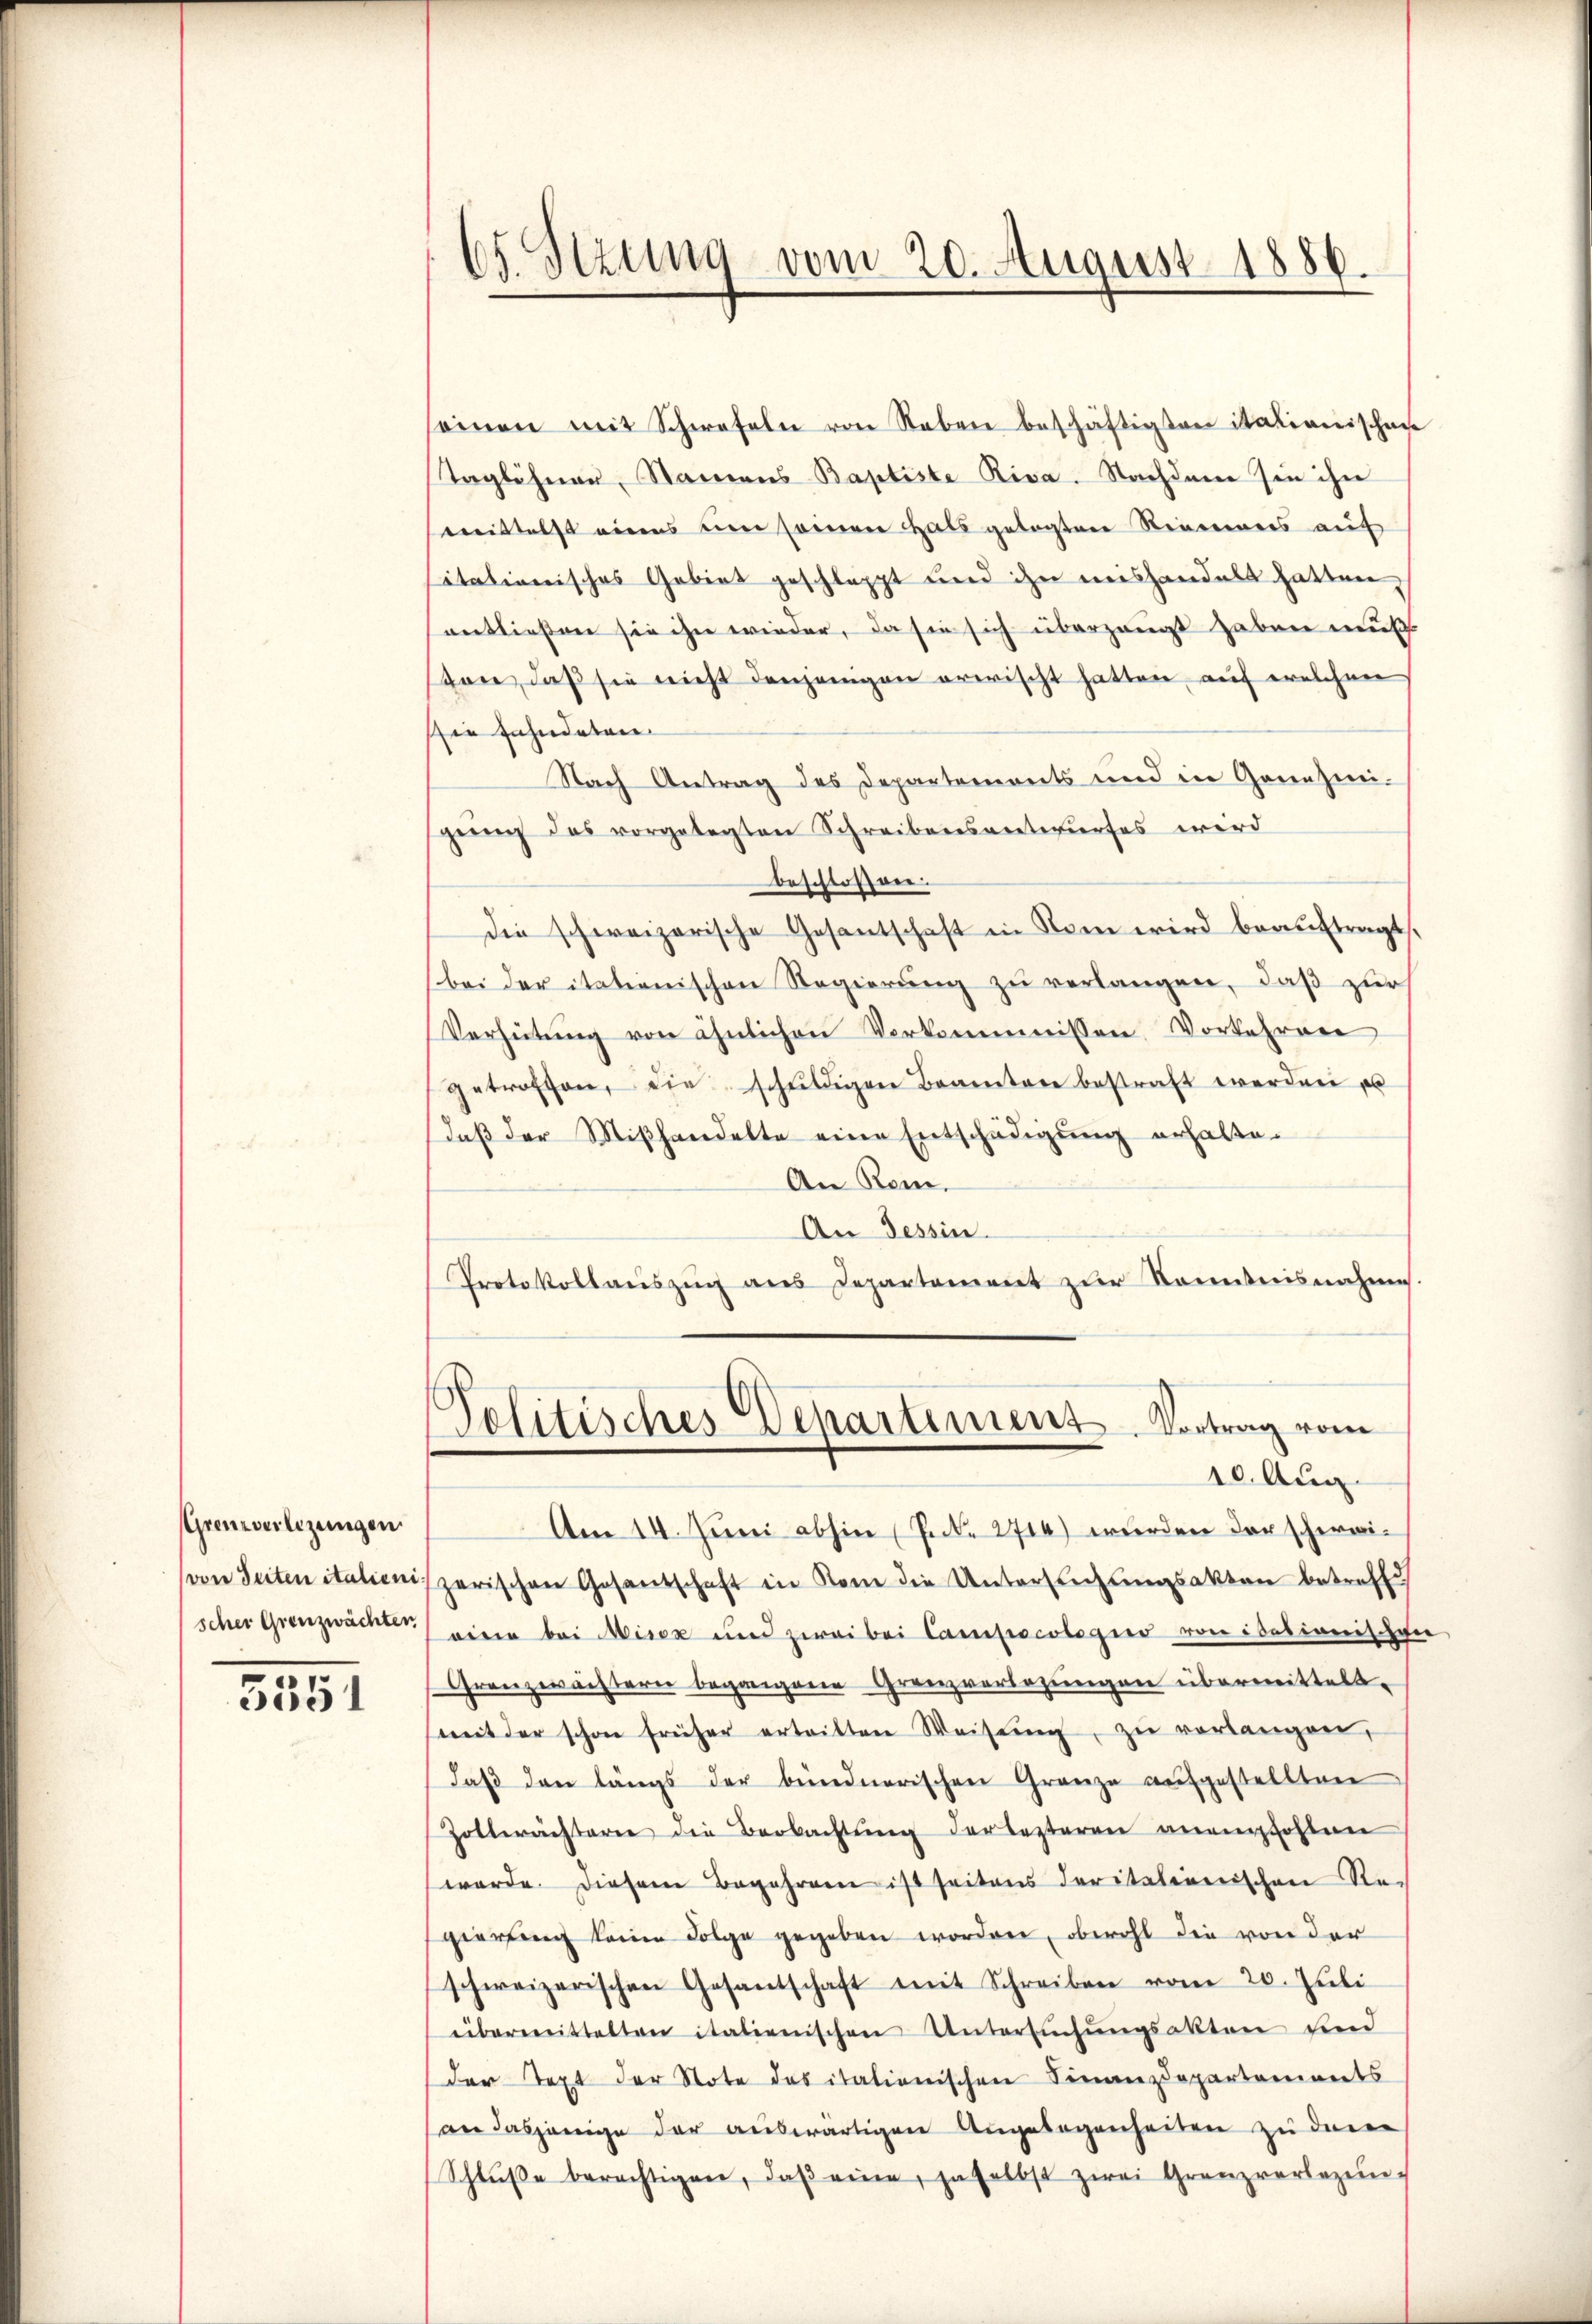
Grenzverlegungen
von Seiten italienischer Grenzwachten

3351

65 Szung vom 20. August 1886.

einen mit Schwefeln von Neben beschäftigten itationischen
Taglöhner, Namens Baptiste Riva. Nachdem sie ihn
mittelst eines eine sonnen Hals gelegten Stimmers auf
sitationisches Gebiet geschlappt und ihn mishandelt hatten,
entließen sie ihn wieder, da sie sich überzeugt haben muß
ston, daß sie nicht denjenigen erwischt hatten, auf welchen
ie Jahndeten
Nach Antrag des Departements und in Grenzmi-
gŭng des vorgelegten Schreibensentwŭrfes wird
beschlossen:
die schweizerische Gesantschaft in Rom wird beauftragt.
(bei der itationischen Regierung zu verlangen, daß zur
Verhütung von ähnlichen Verkommnissen Vorkehren
getroffen, die schŭldigen Beamten bestraft werden, es
daβ der Miβhandelte eine Entschädigŭng erhalte.
An Rom.
An Tessin.
Protokollaŭszŭg aŭs Departement zŭr Kenntnisnahmes.
Politisches Departement. Vortrag vom
10. Aug.
Am 14. Juni abhin (Prk. 2714) wurden der schweizerischen Gesantschaft in Kam die Untersŭchŭngsakten betreffe
eine bei Miser und zwei bei Campacolegio von isationischen
Granzwächtern begangene Granzverlegungen übermittelt.
mit der schon früher ertritten Weisŭng zŭ verlangen,
daβ den längs der bündnerischen Granze aufgestellten
Zolterächterie die Beobachtŭng der lezteren anempfohlen
werde. Diesem Begehren ist seitens deritationischen Rei
gierung keine Folge gegeben worden, obwohl die von der
schweizerischen Gesantschaft mit Schreiben vom 20. Jŭli
übermittelten italienischen Untersŭchŭngsakten und
der Text der Note das italienischen Finanzdepartaments
(an dasjenige der auswärtigen Angelegenheiten zu den
Schlŭβe berechtigen, daβ eine, daselbst zwei Grenzverlezŭn-